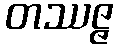
တဿဇ္ဇ